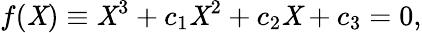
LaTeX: f(\mathit{X})\equiv\mathit{X}^{3}+c_{1}\mathit{X}^{2}+c_{2}\mathit{X}+c_{3}=0,